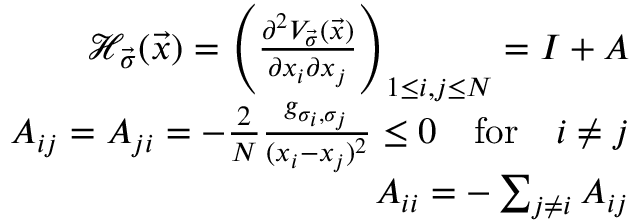
\begin{array} { r l r } & { } & { \mathcal { H } _ { \vec { \sigma } } ( \vec { x } ) = \left( \frac { \partial ^ { 2 } V _ { \vec { \sigma } } ( \vec { x } ) } { \partial x _ { i } \partial x _ { j } } \right) _ { 1 \leq i , j \leq N } = I + A } \\ & { } & { A _ { i j } = A _ { j i } = - \frac { 2 } { N } \frac { g _ { \sigma _ { i } , \sigma _ { j } } } { ( x _ { i } - x _ { j } ) ^ { 2 } } \leq 0 \quad \mathrm { f o r } \quad i \neq j } \\ & { } & { A _ { i i } = - \sum _ { j \neq i } A _ { i j } } \end{array}